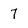
Character: 7